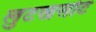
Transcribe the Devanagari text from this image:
लुटखसोट